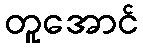
တူအောင်